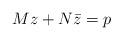
LaTeX: \begin{align*}Mz+N\bar{z} = p \end{align*}